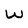
Character: W